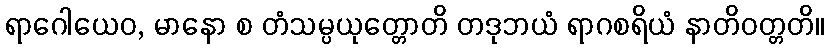
ရာဂေါယေဝ, မာနော စ တံသမ္ပယုတ္တောတိ တဒုဘယံ ရာဂစရိယံ နာတိဝတ္တတိ။